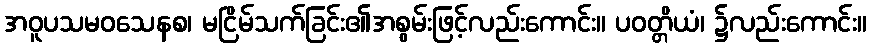
အဝူပသမဝသေနစ၊ မငြိမ်သက်ခြင်း၏အစွမ်းဖြင့်လည်းကောင်း။ ပဝတ္တိယံ၊ ၌လည်းကောင်း။